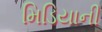
મિડિયાની